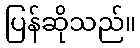
ပြန်ဆိုသည်။